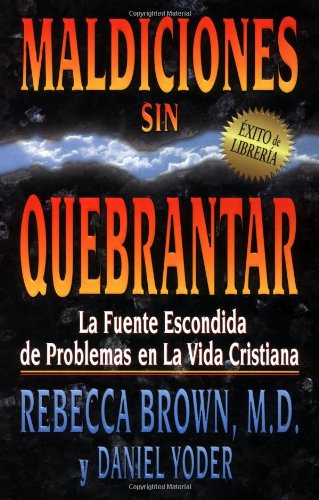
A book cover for Maldiciones sin quebrantar; BROWN REBECCA; Christian Books & Bibles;